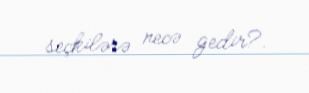
seçkilərə necə gedir?.